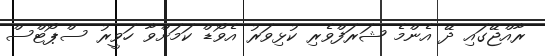
ރާއްޖޭގައި ދޭ އެންމެ ޝަރަފްވެރި ކުޅިވަރު އެވޯޑް ކަމަށްވާ ހަވީރު ސްޕޯޓްސް